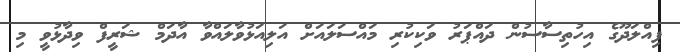
ފިިއްލަދޫގެ އިހުތިސާސުން ދައްޕަރު ވަކިކުރި މައްސަލައަށް އަލިއަޅުވާލައްވާ އާދަމް ޝަރީފް ވިދާޅުވީ މި